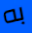
به